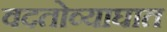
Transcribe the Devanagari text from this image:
वदतोव्याघात